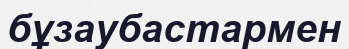
бұзаубастармен